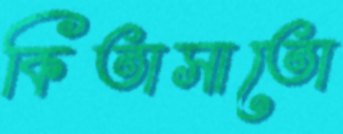
কিতাসাতো